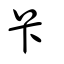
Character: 卡